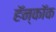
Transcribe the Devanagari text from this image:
हॅन्कॉक